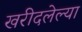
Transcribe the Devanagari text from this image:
खरीदलेल्या